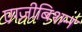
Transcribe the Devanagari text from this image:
एग्ज़ीबिशन